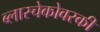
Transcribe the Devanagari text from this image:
ब्लास्चेकोवस्की